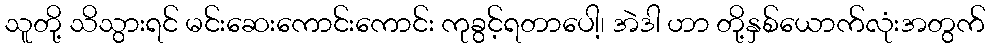
သူတို့ သိသွားရင် မင်းဆေးကောင်းကောင်း ကုခွင့်ရတာပေါ့၊ အဲဒါ ဟာ တို့နှစ်ယောက်လုံးအတွက်